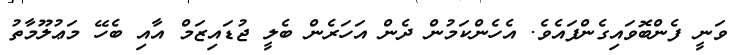
ވަނީ ފެންބޮވައިގެންފައެވެ. އެހެންކަމުން ދެން އަހަރެން ބެލީ ޖުޑައިޒަމް އާއި ބެހޭ މަޢުލޫމާތު